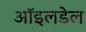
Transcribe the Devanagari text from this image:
ऑइलडेल